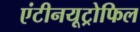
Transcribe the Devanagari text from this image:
एंटीनयूट्रोफिल